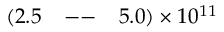
( 2 . 5 \mathrm { ~ \: ~ \! ~ -- ~ \: ~ \! ~ } 5 . 0 ) \times 1 0 ^ { 1 1 }